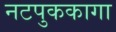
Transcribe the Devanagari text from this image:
नटपुककागा